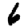
Digit: 6